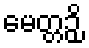
မေတ္တဉှိ